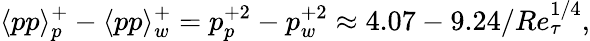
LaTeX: \langle pp\rangle_{p}^{+}-\langle pp\rangle_{w}^{+}=p_{p}^{+2}-p_{w}^{+2}\approx 4.07-9.24/Re_{\tau}^{1/4},